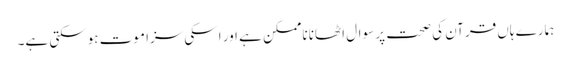
ہمارے ہاں قرآن کی صحت پر سوال اٹھانا ناممکن ہے اور اسکی سزا موت ہوسکتی ہے۔